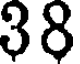
38